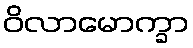
ဝိလာမောက္ခာ